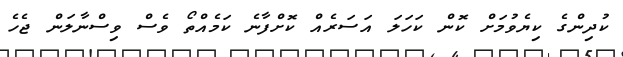
ކުދިންގެ ކިޔެވުމަށް ކޮން ކަހަލަ އަސަރެއް ކޮށްފާނެ ކަމެއްތޯ ވެސް ވިސްނާލަން ޖެހެ